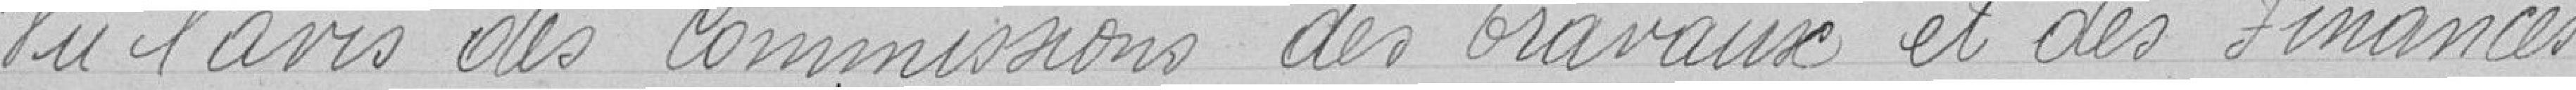
Vu l'avis des commissions des Travaux et des Finances.